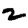
Digit: 2